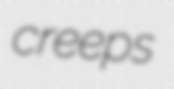
creeps